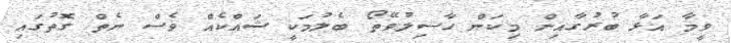
ވީމާ އަޅާ ބުރުގާއިން މިކަން ހާސިލުވޭތޯ ބެލުމަކީ ޝައްކެއް ވެސް ނެތް ގޮތުގައި